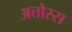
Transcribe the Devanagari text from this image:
अत्तोस्स